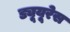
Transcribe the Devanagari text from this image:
ड्यूयूरेस